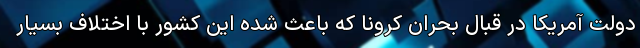
دولت آمریکا در قبال بحران کرونا که باعث شده این کشور با اختلاف بسیار